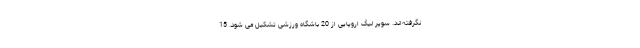
نگرفته‌اند. سوپر لیگ اروپایی از 20 باشگاه ورزشی تشکیل می شود. 15